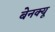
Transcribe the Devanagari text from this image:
बेनक्यू